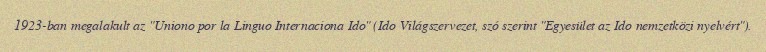
1923-ban megalakult az "Uniono por la Linguo Internaciona Ido" (Ido Világszervezet, szó szerint "Egyesület az Ido nemzetközi nyelvért").